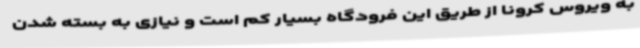
به ویروس کرونا از طریق این فرودگاه بسیار کم است و نیازی به بسته شدن